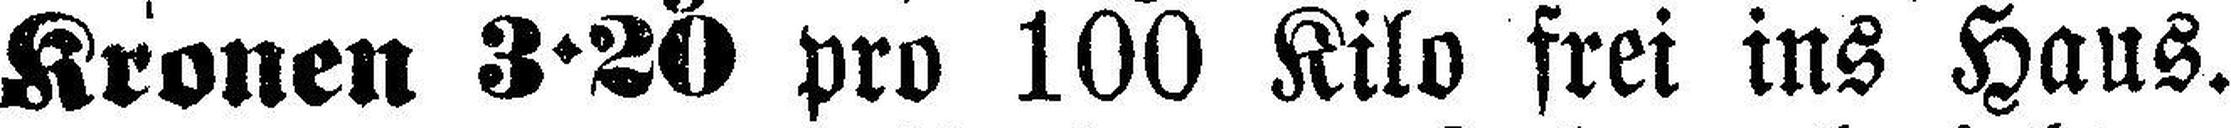
Kronen 3·30 pro 100 Kilo frei ins Haus.